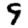
Digit: 9